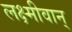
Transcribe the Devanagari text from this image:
लक्ष्मीवान्